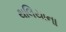
થલિયાના